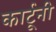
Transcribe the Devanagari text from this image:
कार्टूनी